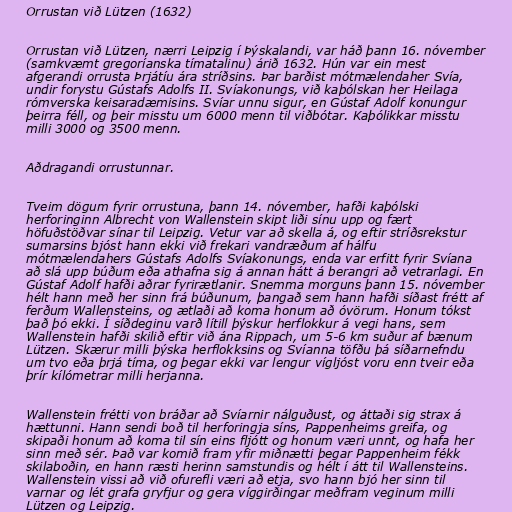
Orrustan við Lützen (1632)

Orrustan við Lützen, nærri Leipzig í Þýskalandi, var háð þann 16. nóvember
(samkvæmt gregoríanska tímatalinu) árið 1632. Hún var ein mest
afgerandi orrusta Þrjátíu ára stríðsins. Þar barðist mótmælendaher Svía,
undir forystu Gústafs Adolfs II. Svíakonungs, við kaþólskan her Heilaga
rómverska keisaradæmisins. Svíar unnu sigur, en Gústaf Adolf konungur
þeirra féll, og þeir misstu um 6000 menn til viðbótar. Kaþólikkar misstu
milli 3000 og 3500 menn.

Aðdragandi orrustunnar.

Tveim dögum fyrir orrustuna, þann 14. nóvember, hafði kaþólski
herforinginn Albrecht von Wallenstein skipt liði sínu upp og fært
höfuðstöðvar sínar til Leipzig. Vetur var að skella á, og eftir stríðsrekstur
sumarsins bjóst hann ekki við frekari vandræðum af hálfu
mótmælendahers Gústafs Adolfs Svíakonungs, enda var erfitt fyrir Svíana
að slá upp búðum eða athafna sig á annan hátt á berangri að vetrarlagi. En
Gústaf Adolf hafði aðrar fyrirætlanir. Snemma morguns þann 15. nóvember
hélt hann með her sinn frá búðunum, þangað sem hann hafði síðast frétt af
ferðum Wallensteins, og ætlaði að koma honum að óvörum. Honum tókst
það þó ekki. Í síðdeginu varð lítill þýskur herflokkur á vegi hans, sem
Wallenstein hafði skilið eftir við ána Rippach, um 5-6 km suður af bænum
Lützen. Skærur milli þýska herflokksins og Svíanna töfðu þá síðarnefndu
um tvo eða þrjá tíma, og þegar ekki var lengur vígljóst voru enn tveir eða
þrír kílómetrar milli herjanna.

Wallenstein frétti von bráðar að Svíarnir nálguðust, og áttaði sig strax á
hættunni. Hann sendi boð til herforingja síns, Pappenheims greifa, og
skipaði honum að koma til sín eins fljótt og honum væri unnt, og hafa her
sinn með sér. Það var komið fram yfir miðnætti þegar Pappenheim fékk
skilaboðin, en hann ræsti herinn samstundis og hélt í átt til Wallensteins.
Wallenstein vissi að við ofurefli væri að etja, svo hann bjó her sinn til
varnar og lét grafa gryfjur og gera víggirðingar meðfram veginum milli
Lützen og Leipzig.